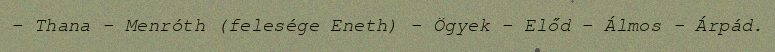
– Thana – Menróth (felesége Eneth) – Ögyek – Előd – Álmos – Árpád.